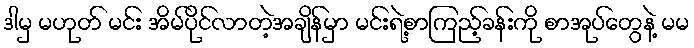
ဒါမှ မဟုတ် မင်း အိမ်ပိုင်လာတဲ့အချိန်မှာ မင်းရဲ့စာကြည့်ခန်းကို စာအုပ်တွေနဲ့ မမ